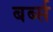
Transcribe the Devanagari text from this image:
बर्ब्स